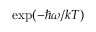
\exp ( - \hbar \omega / k T )